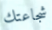
شجاعتك